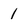
Character: 1